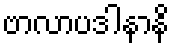
ဗာလာပဒါနာနိ